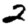
Digit: 2